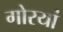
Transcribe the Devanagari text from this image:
गोरयां